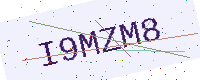
Text: I9MZM8